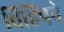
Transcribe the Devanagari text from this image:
विहिंपने